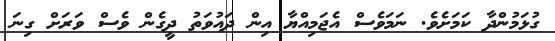
ގުޅަމުންދާ ކަމަށެވެ. ނަމަވެސް އެޖަމިއްޔާ އިން ދައުވަތު ދީގެން ވެސް ވަރަށް ގިނަ